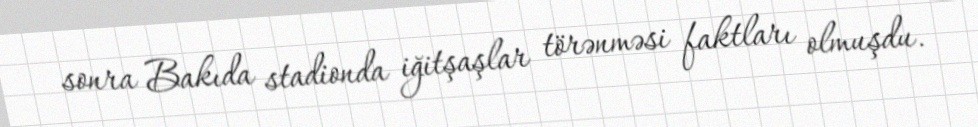
sonra Bakıda stadionda iğitşaşlar törənməsi faktları olmuşdu.